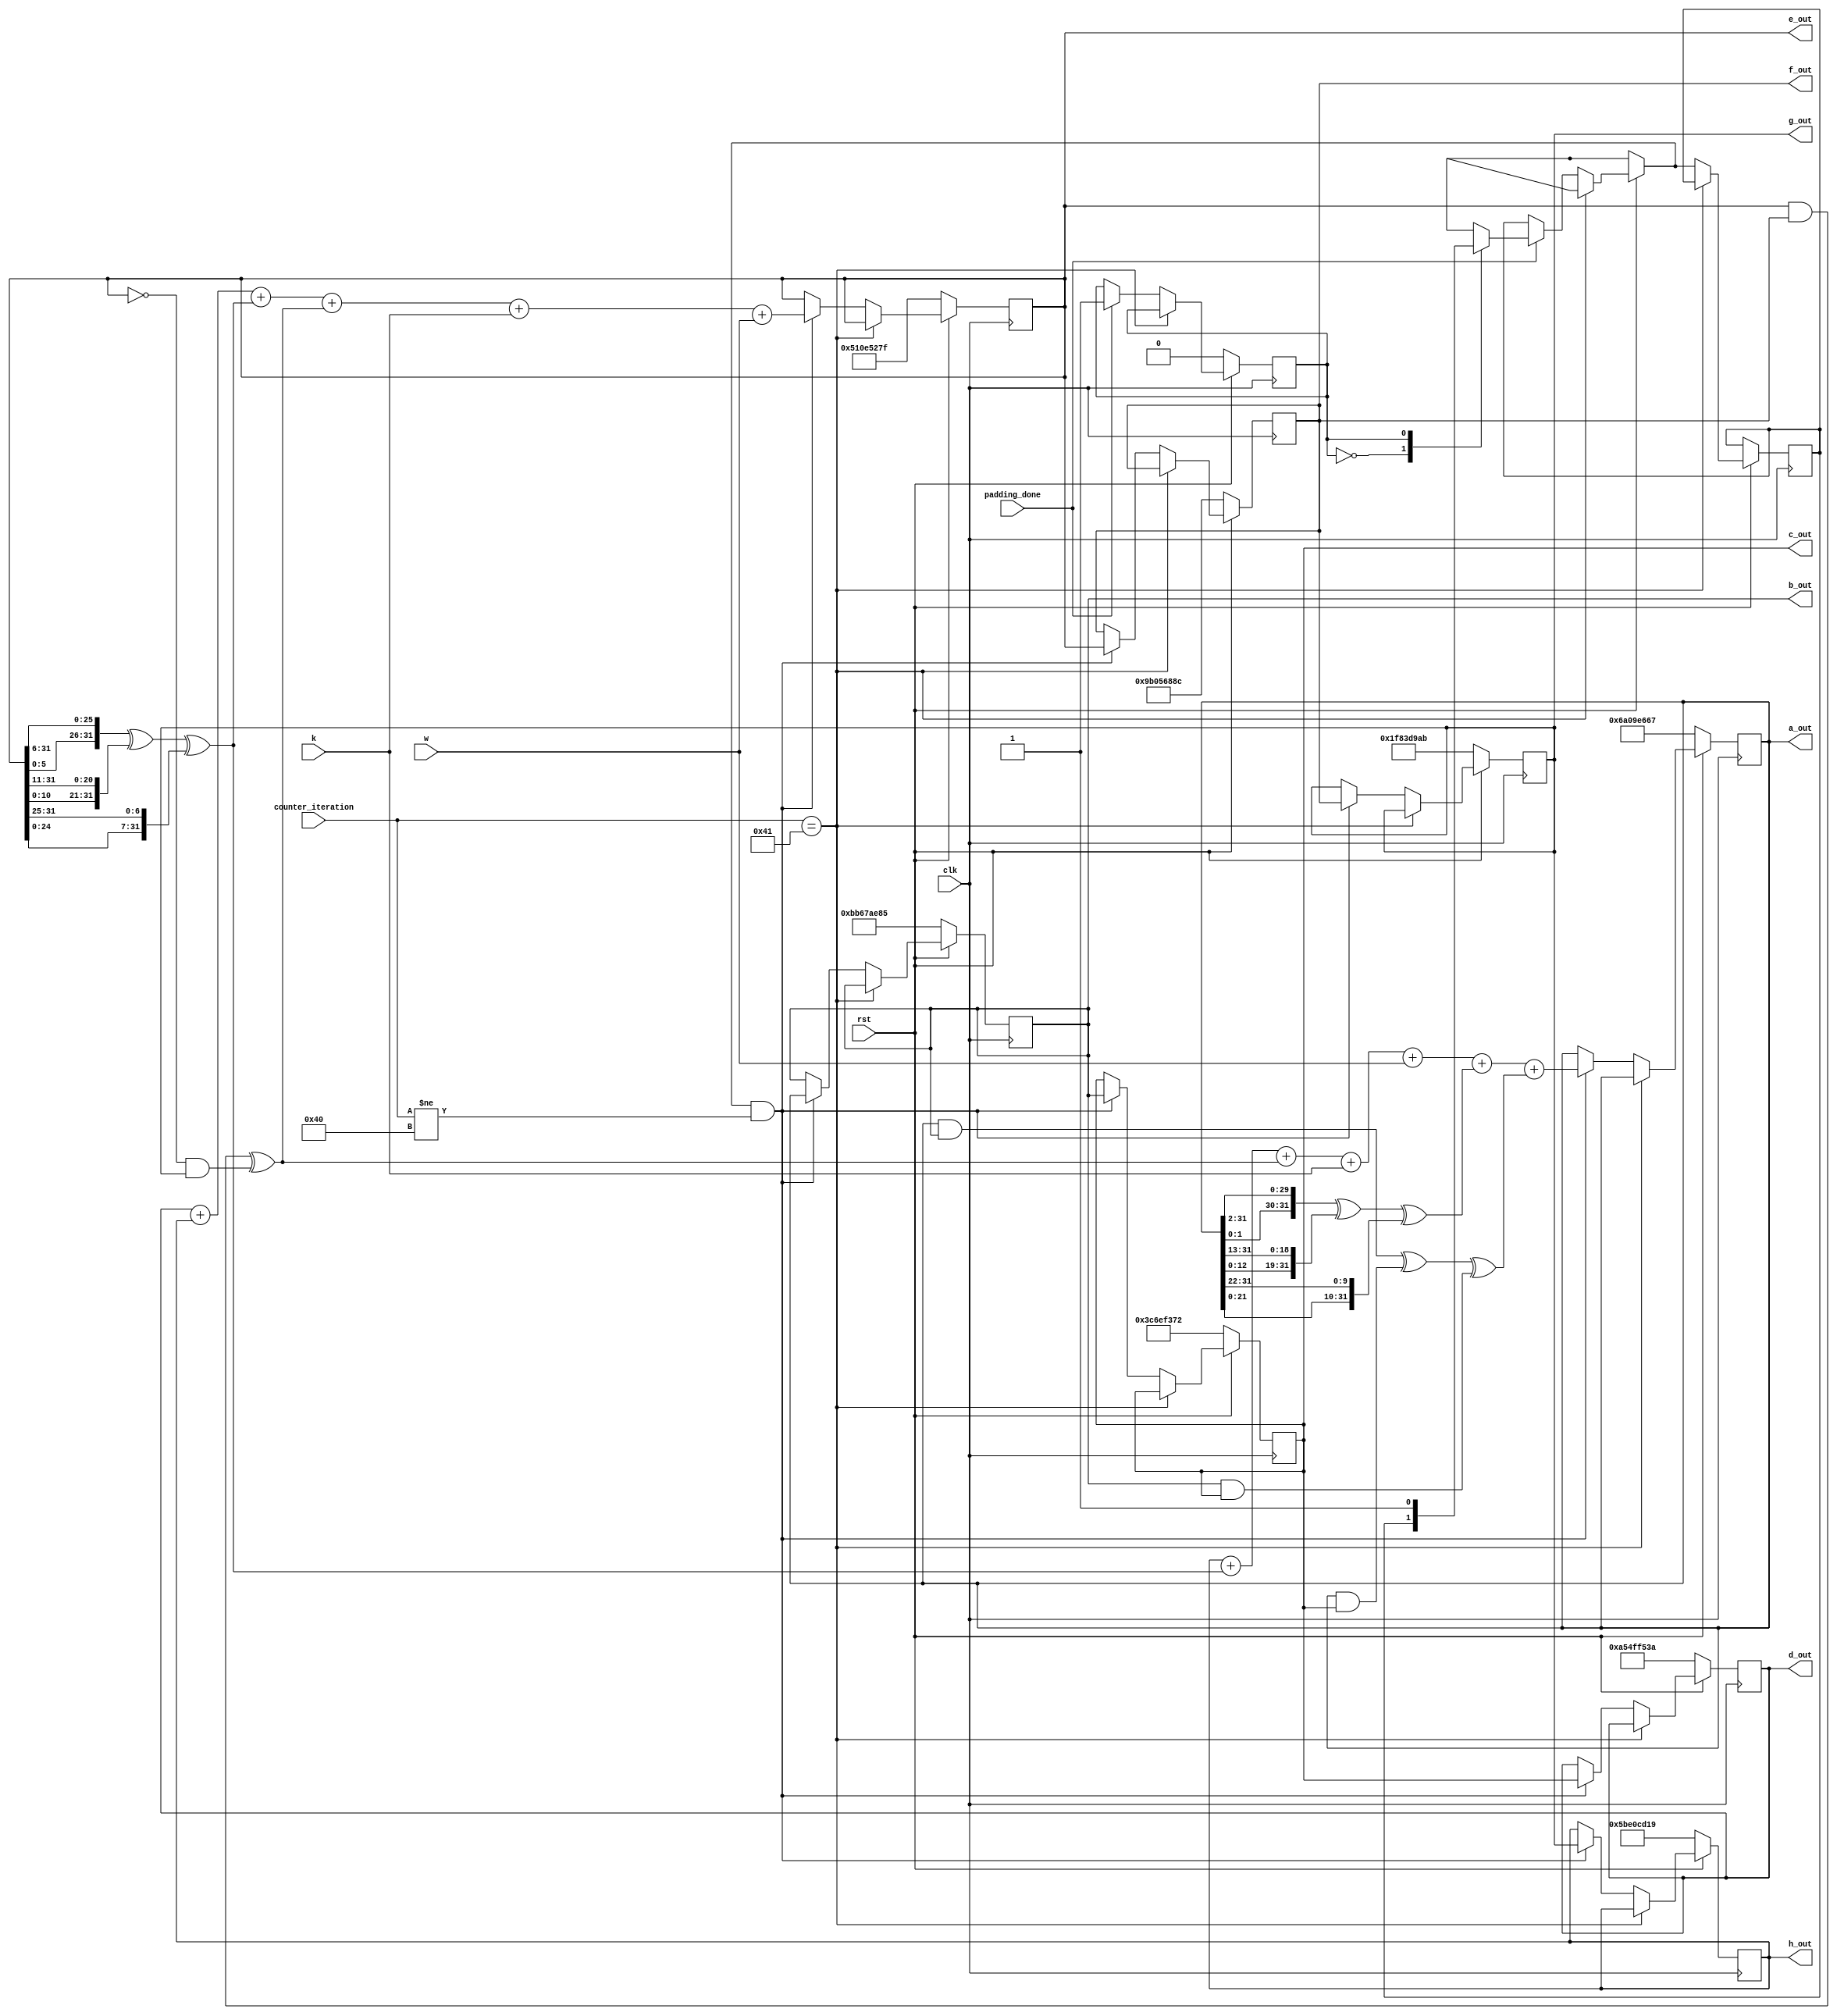
`timescale 1ns / 1ps
//////////////////////////////////////////////////////////////////////////////////
// Company: 
// Engineer: 
// 
// Design Name: 
// Module Name:    interative_processing 
// Project Name: 
// Target Devices: 
// Tool versions: 
// Description: 
//
// Dependencies: 
//
// Revision: 
// Revision 0.01 - File Created
// Additional Comments: 
//
//////////////////////////////////////////////////////////////////////////////////
module interative_processing(clk,rst,w,k,counter_iteration,padding_done,a_out,b_out,c_out,d_out,e_out,f_out,g_out,h_out
							
	);
	 
	 input clk,rst,padding_done;
	 input [6:0] counter_iteration;
	 input [31:0] w,k;
	 
	 output reg [31:0] a_out,b_out,c_out,d_out,e_out,f_out,g_out,h_out;
	 
	 reg temp_case,temp_if;
	 reg [31:0] a_temp,b_temp,c_temp,d_temp,e_temp,f_temp,g_temp,h_temp;
	 reg [31:0] semation_0,semation_1,ch,maj;
	 
	 always@(posedge clk)
	 begin
	 if(rst==0)
	 begin
			temp_case=1'b0;
			a_out=32'h6a09e667;
			b_out=32'hbb67ae85;
			c_out=32'h3c6ef372;
			d_out=32'ha54ff53a;
			e_out=32'h510e527f;
			f_out=32'h9b05688c;
			g_out=32'h1f83d9ab;
			h_out=32'h5be0cd19;
	 end
	 else
	 begin
			
			semation_0=({a_out[1:0],a_out[31:2]}) ^ ({a_out[12:0],a_out[31:13]}) ^ ({a_out[21:0],a_out[31:22]}); //last 22 ROTR22
			semation_1=({e_out[5:0],e_out[31:6]}) ^ ({e_out[10:0],e_out[31:11]}) ^ ({e_out[24:0],e_out[31:25]});
	 
			maj=(a_out & b_out) ^ (a_out & c_out) ^ (b_out & c_out);
			ch=(e_out & f_out) ^ (~e_out & g_out);
			if(counter_iteration==65)
			begin
			a_out=a_out;
			b_out=b_out;
			c_out=c_out;
			d_out=d_out;
			e_out=e_out;
			f_out=f_out;
			g_out=g_out;
			h_out=h_out;
			end
			else
			begin
			
			if(padding_done==1)
			begin
			case(temp_case)
			1'b0: temp_case=1'b1;
			1'b1: temp_if=1'b1;
			endcase
			end
			
			if(temp_if==1 && counter_iteration!=64)
			begin
			a_temp= h_out + semation_1 + ch + k + w + semation_0 + maj; 	// T2= semation_0 + maj(a,b,c);
			b_temp= a_out;
			c_temp= b_out;
			d_temp= c_out;
			e_temp= d_out + h_out + semation_1 + ch + k + w;		//T1 = h_out + semation_1 + ch + k + w;
			f_temp= e_out;
			g_temp= f_out;
	 		h_temp= g_out;
			a_out=a_temp;
			b_out=b_temp;
			c_out=c_temp;
			d_out=d_temp; //alternative of non-blocking though
			e_out=e_temp;
			f_out=f_temp;
			g_out=g_temp;
	 		h_out=h_temp;
			
			end
			end
	 end
	 
	 end


endmodule